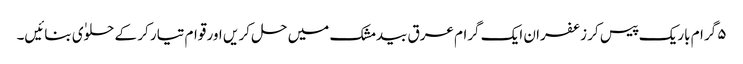
۵ گرام باریک پیس کر زعفران ایک گرام عرق بیدمشک میں حل کر یں اور قوام تیار کر کے حلوٰی بنائیں۔